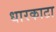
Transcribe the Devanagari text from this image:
धारकाटा